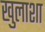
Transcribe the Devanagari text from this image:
खुलाशा